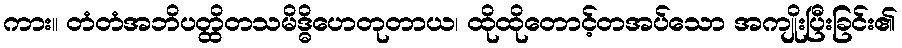
ကား။ တံတံအဘိပတ္ထိတသမိဒ္ဓိဟေတုတာယ၊ ထိုထိုတောင့်တအပ်သော အကျိုးပြီးခြင်း၏